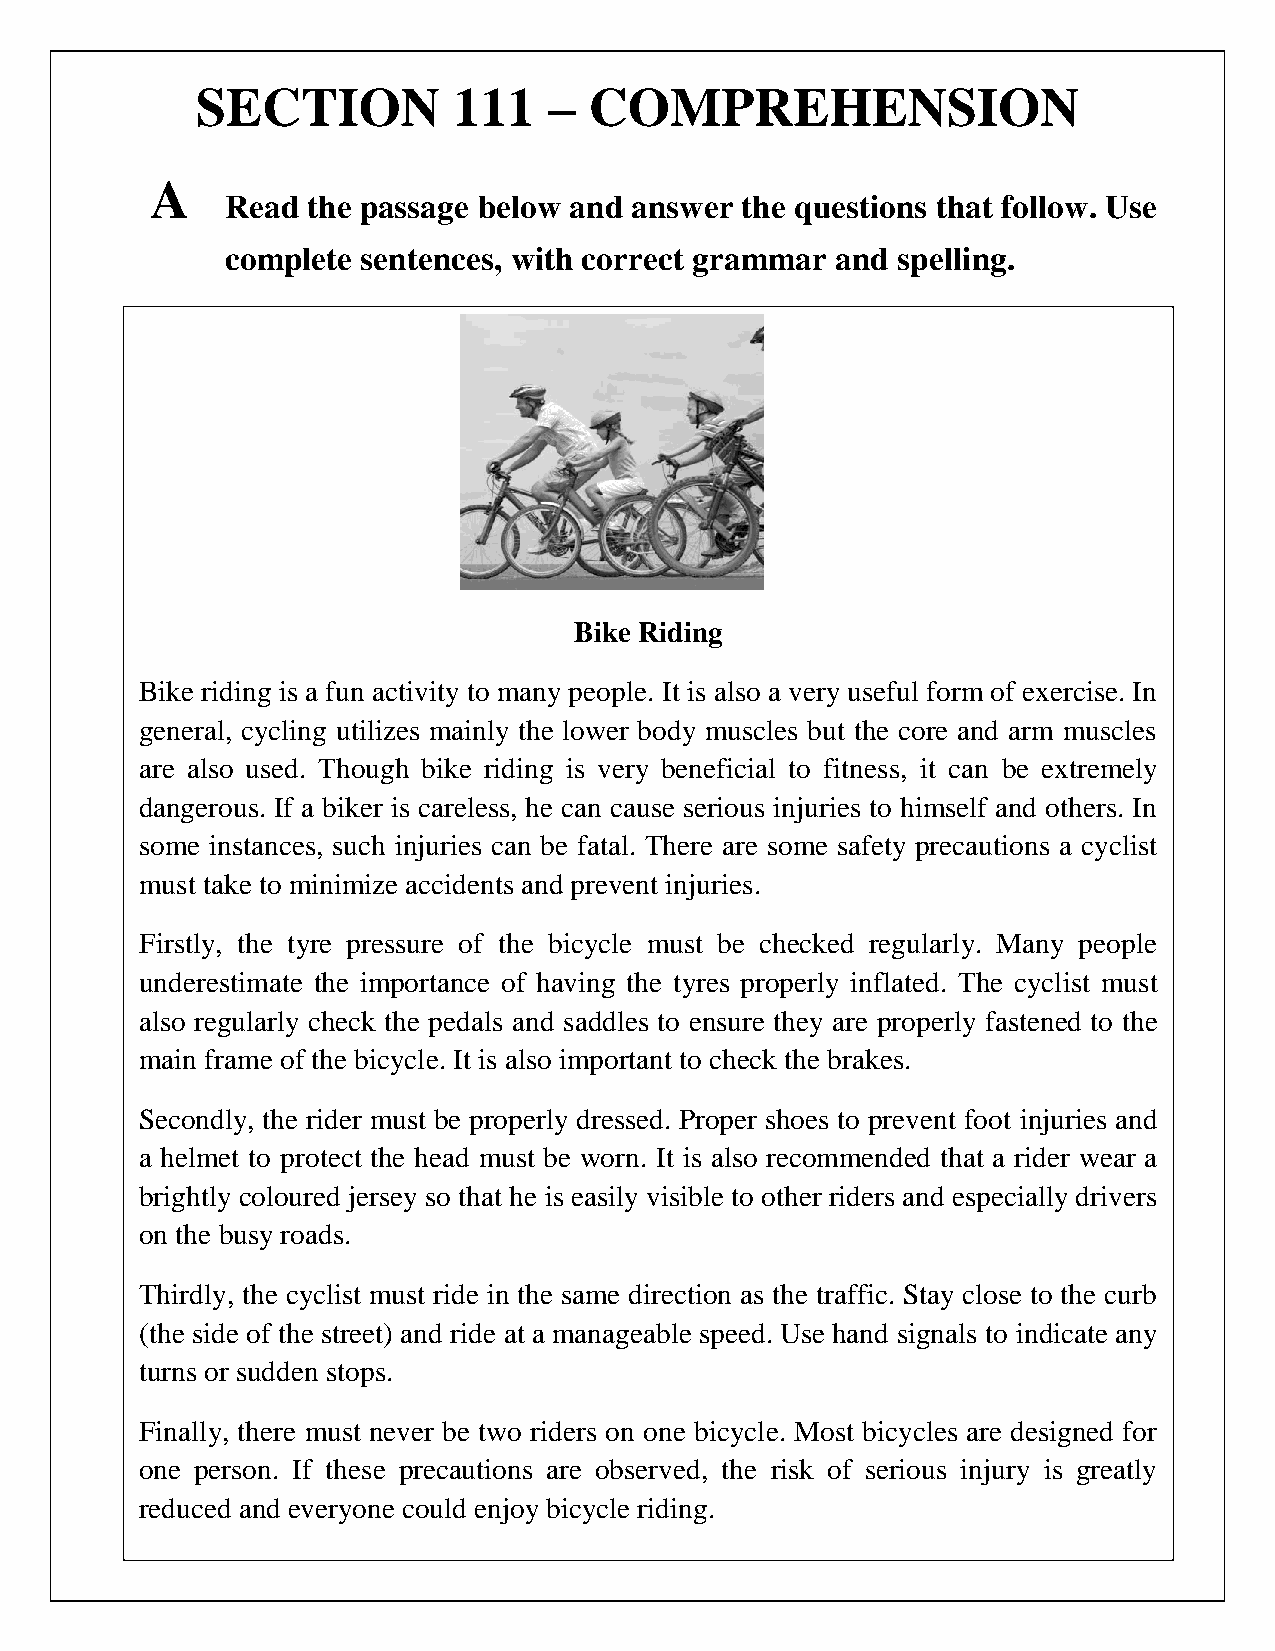
SECTION          111   –  COMPREHENSION
 A
 Read the passage below and answer the questions that follow. Use
 complete sentences, with correct grammar and spelling.
 Bike Riding
 Bike riding is a fun activity to many people. It is also a very useful form of exercise. In
 general, cycling utilizes mainly the lower body muscles but the core and arm muscles
 are also used. Though bike riding is very beneficial to fitness, it can be extremely
 dangerous. If a biker is careless, he can cause serious injuries to himself and others. In
 some instances, such injuries can be fatal. There are some safety precautions a cyclist
 must take to minimize accidents and prevent injuries.
 Firstly, the tyre pressure of the bicycle must be checked regularly. Many people
 underestimate the importance of having the tyres properly inflated. The cyclist must
 also regularly check the pedals and saddles to ensure they are properly fastened to the
 main frame of the bicycle. It is also important to check the brakes.
 Secondly, the rider must be properly dressed. Proper shoes to prevent foot injuries and
 a helmet to protect the head must be worn. It is also recommended that a rider wear a
 brightly coloured jersey so that he is easily visible to other riders and especially drivers
 on the busy roads.
 Thirdly, the cyclist must ride in the same direction as the traffic. Stay close to the curb
 (the side of the street) and ride at a manageable speed. Use hand signals to indicate any
 turns or sudden stops.
 Finally, there must never be two riders on one bicycle. Most bicycles are designed for
 one person. If these precautions are observed, the risk of serious injury is greatly
 reduced and everyone could enjoy bicycle riding.
 227